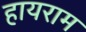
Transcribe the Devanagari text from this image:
हायराम